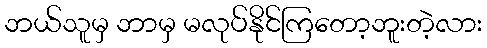
ဘယ်သူမှ ဘာမှ မလုပ်နိုင်ကြတော့ဘူးတဲ့လား